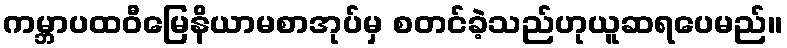
ကမ္ဘာပထဝီမြေနိယာမစာအုပ်မှ စတင်ခဲ့သည်ဟုယူဆရပေမည်။